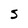
Character: S